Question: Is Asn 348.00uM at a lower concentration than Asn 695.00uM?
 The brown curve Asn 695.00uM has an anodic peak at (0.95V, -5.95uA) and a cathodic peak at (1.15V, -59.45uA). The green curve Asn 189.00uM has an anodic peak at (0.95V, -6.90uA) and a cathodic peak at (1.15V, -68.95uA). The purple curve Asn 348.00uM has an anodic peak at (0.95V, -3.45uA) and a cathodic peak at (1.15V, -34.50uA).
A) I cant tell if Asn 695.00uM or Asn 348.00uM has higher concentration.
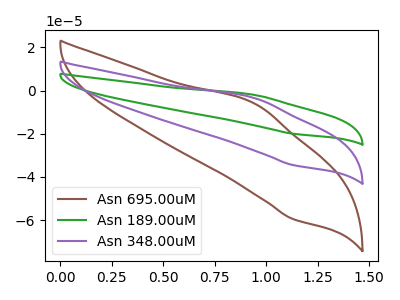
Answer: <think>All the peaks in "Asn 695.00uM" have a peak in "Asn 348.00uM" at the same potential.
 </think>
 <answer>A) I cant tell if "Asn 695.00uM" or "Asn 348.00uM" has higher concentration.</answer>
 <eval>A</eval>